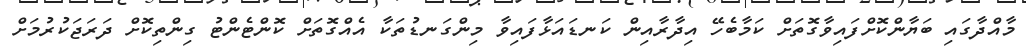
މާއްދާގައި ބަޔާންކޮށްފައިވާގޮތަށް ކަމާބެހޭ އިދާރާއިން ކަނޑައަޅާފައިވާ މިންގަނޑުތަކާ އެއްގޮތަށް ކޮންޓެންޓު ގިންތިކޮށް ދަރަޖަކުރުމަށް